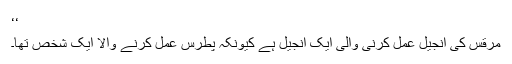
‘‘
مرقس کی انجیل عمل کرنی والی ایک انجیل ہے کیونکہ پطرس عمل کرنے والا ایک شخص تھا۔